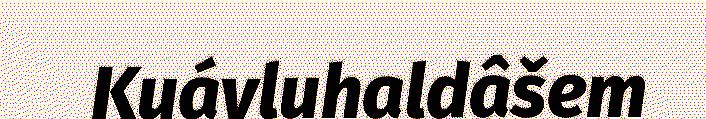
Kuávluhaldâšem